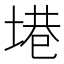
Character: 塂